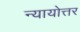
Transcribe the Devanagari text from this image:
न्यायोत्तर